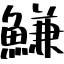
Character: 鰜